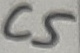
Text: C5